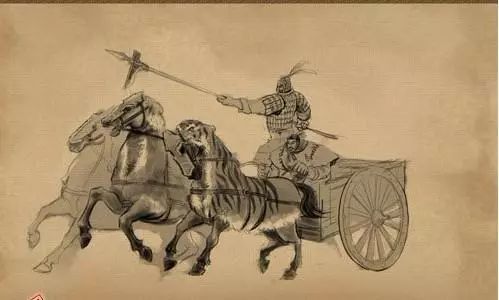
平明寻白羽，没在石棱中。